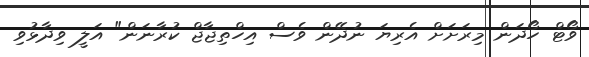
ވޯޓް ހޯދަން މިރަށަށް އެރިޔަ ނުދޭން ވެސް އިހްތިޖާޖް ކުރާނަން" އަލީ ވިދާޅުވި